Annual report of the Madras Medical College
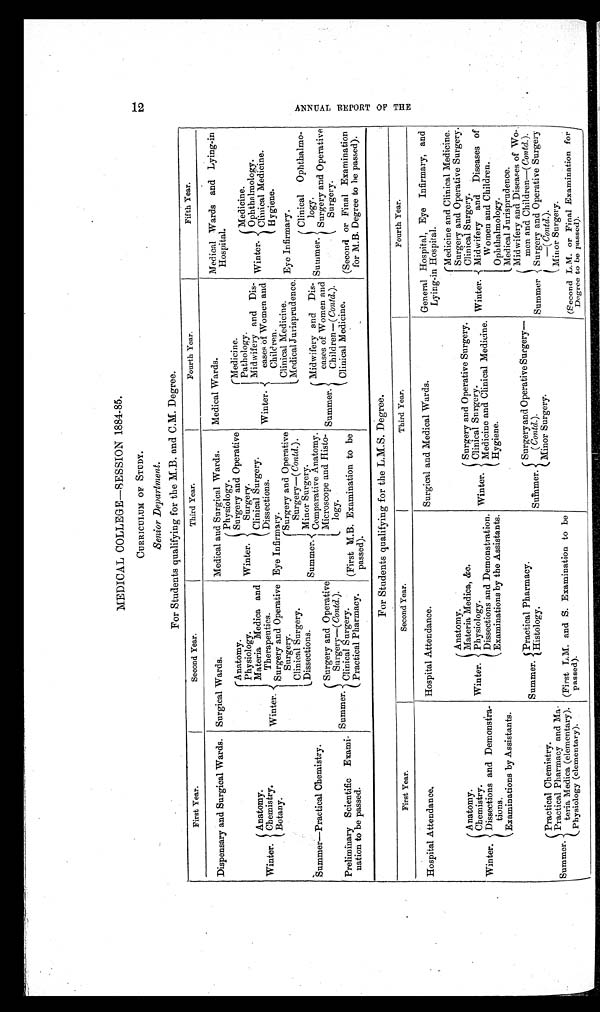
MEDICAL COLLEGE—SESSION 1884-85.
CURRICULUM OF STUDY.
Senior Department.
For Students qualifying for the M.B. and C.M. Degree.
First Year.
Second Year.
T h i r d Y e a r .
Fourth Year.
Fifth Year.
Dispensary and Surgical Wards. Surgical Wards.
Medical and Surgical Wards.
Medical Wards.
Medical Wards and Lying-in
Hospital.
Winter.
Anatomy.
Winter.
Anatomy.
Winter.
Physiology.
Winter.
Medicine.
Winter.
Medicine.
Surgery and Operative
Surgery.
Pathology.
Physiology.
Ophthalmology.
Materia Medica and
Therapeutics.
Clinical Surgery.
Midwifery and
D i s -
eases of Women and
Children.
Clinical Medicine.
Chemistry.
Dissections.
H ygiene.
Botany.
Surgery and Operative
Surgery.
Eye Infirmary.
Clinical Medicine.
Summer.
Surgery and Operative
Surgery—Contd.).
Eye Infirmary.
Medical Jurisprudence.
Clinical Surgery.
Summer—Practical Chemistry.
Summer.
Clinical Ophthalmo-
logy.
Dissections.
Minor Surgery.
Summer.
Midwifery and Dis-
eases of Women and
Children—(Contd.).
Comparative Anatomy.
Summer.
Surgery and Operative
Surgery—( Contd. ).
Microscope and Histo-
logy.
Surgery and Operative
Surgery.
Preliminary Scientific Exami-
nation to be passed.
Clinical Surgery.
Clinical Medicine.
(First M.B. Examination to be
passed).
(Second or Final Examination
for M.B .B. Degree to he passed)
Practical Pharmacy.
For Students qualifying for the L.M.S. Degree.
First Year.
Second Year.
Third Year.
Fourth Year.
Hospital Attendance.
Hospital Attendance.
Surgical and Medical Wards.
General Hospital, Eye Infirmary, and
Lying-in Hospital.
Winter.
Anatomy.
Winter.
Anatomy.
Winter.
Surgery and Operative Surgery.
Winter.
Medicine and Clinical Medicine.
Surgery and Operative Surgery.
Materia Medica, &amp;c.
Cl i n i c a l S u r g e r y .
Chemistry.
Clinical Surgery.
Physiology.
Midwifery and Diseases of
Women and Children.
Medicine and Clinical Medicine.
Dissections and Demonstra-
t i o n s .
Dissections and Demonstration.
Examinations by the Assistants.
Hygiene.
Ophthalmology.
Examinations by Assistants.
Medical Jurisprudence.
Summer. Practical Pharmacy.
Summer.
Surgery and Operative Surgery—
( Contd. ).
Midwifery and Diseases of Wo-
men and Children—( Contd. ).
Summer.
Practical Chemistry.
Histology.
S u r g e r y a n d O p e r a t i v e S u r g e r y
—(Contd.).
Minor Surgery.
Practical Pharmacy and Ma-
teria Medica (elementary). (First L.M. and S. Examination to be
passed).
Minor Surgery.
(second L.M. or Final Examination for
Degree to be passed).
Physiology (elementary).
12 A N N U A L
REPORT OF
THE